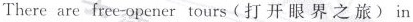
There are free-opener tours（打开眼界之旅)）in